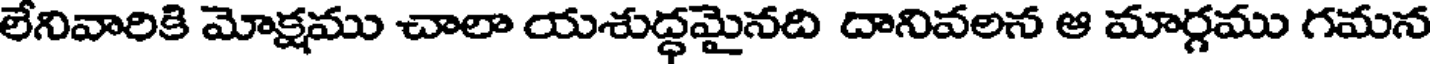
లేనివారికి మోక్షము చాలా యశుద్ధమైనది దానివలన ఆ మార్గము గమన